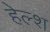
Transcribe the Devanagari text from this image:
हेल्श